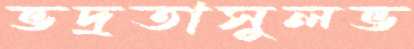
ভদ্রতাসুলভ